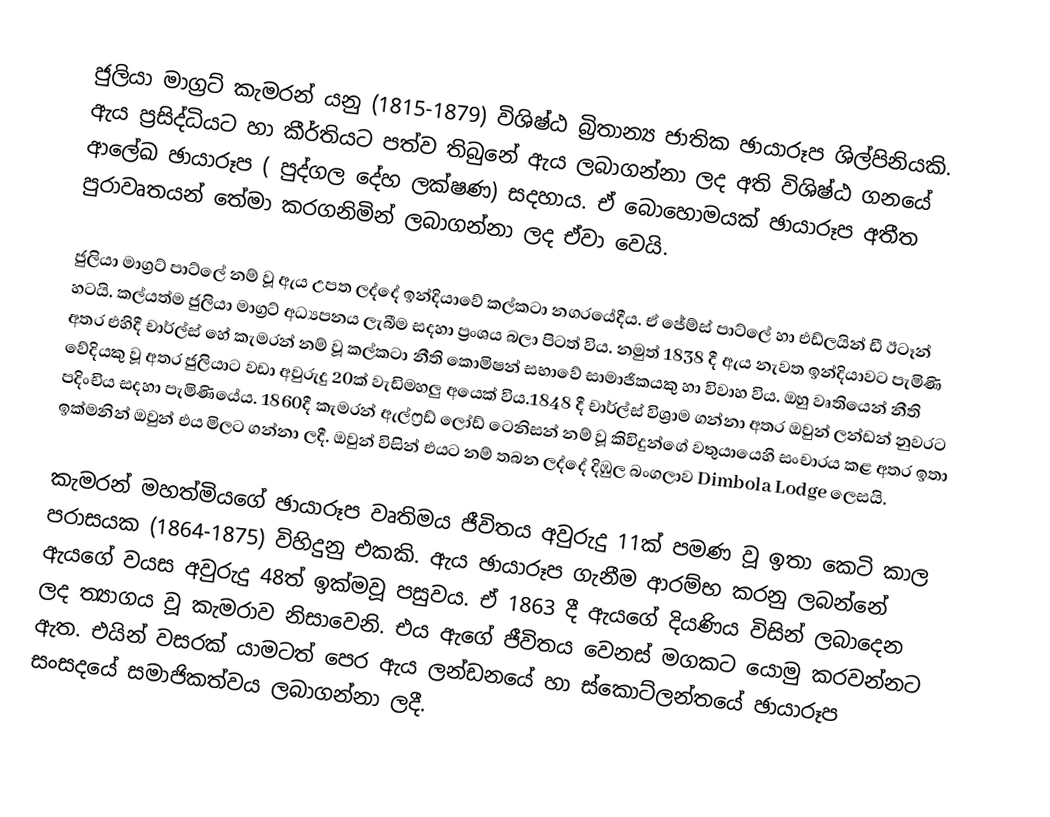
ජුලියා මාග්‍රට් කැමරන් යනු (1815-1879) විශිෂ්ඨ බ්‍රිතාන්‍ය ජාතික ඡායාරූප ශිල්පිනියකි. ඇය ප්‍රසිද්ධියට හා කීර්තියට පත්ව තිබුනේ ඇය ලබාගන්නා ලද අති විශිෂ්ඨ ගනයේ ආලේඛ  ඡායාරූප ( පුද්ගල දේහ ලක්ෂණ) සදහාය. ඒ බොහොමයක් ඡායාරූප අතීත පුරාවෘතයන් තේමා කරගනිමින් ලබාගන්නා ලද ඒවා වෙයි.

ජුලියා මාග්‍රට් පාට්ලේ නම් වූ ඇය උපත ලද්දේ ඉන්දියාවේ කල්කටා නගරයේදීය. ඒ ජේම්ස් පාට්ලේ හා එඩ්ලයින් ඩී ඊටෑන් හටයි. කල්යත්ම ජුලියා මාග්‍රට් අධ්‍යපනය ලැබීම සදහා ප්‍රංශය බලා පිටත් විය. නමුත් 1838 දී ඇය නැවත ඉන්දියාවට පැමිණි අතර එහිදී චාර්ල්ස් හේ කැමරන් නම් වූ කල්කටා නීති කොමිෂන් සභාවේ සාමාජිකයකු හා විවාහ විය. ඔහු වෘතියෙන් නීති වේදියකු වූ අතර ජුලියාට වඩා අවුරුදු 20ක් වැඩිමහලු අයෙක් විය.1848 දී චාර්ල්ස් විශ්‍රාම ගන්නා අතර ඔවුන් ලන්ඩන් නුවරට පදිංචිය සදහා පැමිණියේය. 1860දී කැමරන් ඇල්ෆ්‍රඩ් ලෝඩ් ටෙනිසන් නම් වූ කිවිදුන්ගේ වතුයායෙහි සංචාරය කළ අතර ඉතා ඉක්මනින් ඔවුන් එය මිලට ගන්නා ලදී. ඔවුන් විසින් එයට නම් තබන ලද්දේ දිඹුල බංගලාව Dimbola Lodge ලෙසයි.

කැමරන් මහත්මියගේ ඡායාරූප වෘතිමය ජීවිතය අවුරුදු 11ක් පමණ වූ ඉතා කෙටි කාල පරාසයක (1864-1875) විහිදුනු එකකි. ඇය ඡායාරූප ගැනීම ආරම්භ කරනු ලබන්නේ ඇයගේ වයස අවුරුදු 48ත් ඉක්මවූ පසුවය. ඒ 1863 දී ඇයගේ දියණිය විසින් ලබාදෙන ලද ත්‍යාගය වූ කැමරාව නිසාවෙනි. එය ඇගේ ජීවිතය වෙනස් මගකට යොමු කරවන්නට ඇත. එයින් වසරක් යාමටත් පෙර ඇය ලන්ඩනයේ හා ස්කොට්ලන්තයේ ඡායාරූප සංසදයේ සමාජිකත්වය ලබාගන්නා ලදී.